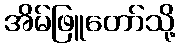
အိမ်ဖြူတော်သို့